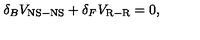
\delta _ { B } V _ { \mathrm { N S - N S } } + \delta _ { F } V _ { \mathrm { R - R } } = 0 ,